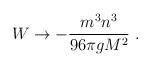
LaTeX: \begin{align*}W \to -\frac{m^3 n^3}{96 \pi g M^2}\ .\end{align*}